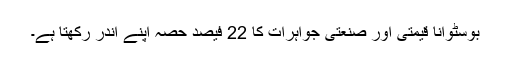
بوسٹوانا قیمتی اور صنعتی جواہرات کا 22 فیصد حصہ اپنے اندر رکھتا ہے۔